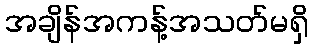
အချိန်အကန့်အသတ်မရှိ